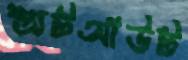
শ্যুটআউট